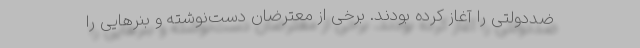
ضددولتی را آغاز کرده‌ بودند. برخی از معترضان دست‌نوشته و بنرهایی را